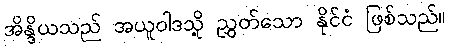
အိန္ဒိယသည် အယူဝါဒသို့ ညွှတ်သော နိုင်ငံ ဖြစ်သည်။